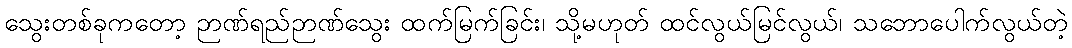
သွေးတစ်ခုကတော့ ဉာဏ်ရည်ဉာဏ်သွေး ထက်မြက်ခြင်း၊ သို့မဟုတ် ထင်လွယ်မြင်လွယ်၊ သဘောပေါက်လွယ်တဲ့